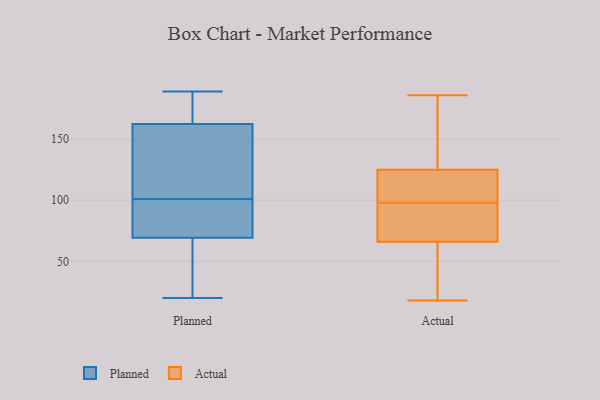
{"axis": {"x": "LTV (USD)", "y": "Value"}, "legend": ["Actual", "Planned"], "data": [{"x": "", "y": 71, "type": "Planned"}, {"x": "", "y": 64, "type": "Planned"}, {"x": "", "y": 20, "type": "Planned"}, {"x": "", "y": 60, "type": "Planned"}, {"x": "", "y": 82, "type": "Planned"}, {"x": "", "y": 34, "type": "Planned"}, {"x": "", "y": 172, "type": "Planned"}, {"x": "", "y": 175, "type": "Planned"}, {"x": "", "y": 87, "type": "Planned"}, {"x": "", "y": 143, "type": "Planned"}, {"x": "", "y": 101, "type": "Planned"}, {"x": "", "y": 88, "type": "Planned"}, {"x": "", "y": 189, "type": "Planned"}, {"x": "", "y": 170, "type": "Planned"}, {"x": "", "y": 160, "type": "Planned"}, {"x": "", "y": 156, "type": "Planned"}, {"x": "", "y": 144, "type": "Planned"}, {"x": "", "y": 87, "type": "Actual"}, {"x": "", "y": 26, "type": "Actual"}, {"x": "", "y": 156, "type": "Actual"}, {"x": "", "y": 113, "type": "Actual"}, {"x": "", "y": 155, "type": "Actual"}, {"x": "", "y": 78, "type": "Actual"}, {"x": "", "y": 109, "type": "Actual"}, {"x": "", "y": 66, "type": "Actual"}, {"x": "", "y": 85, "type": "Actual"}, {"x": "", "y": 18, "type": "Actual"}, {"x": "", "y": 59, "type": "Actual"}, {"x": "", "y": 186, "type": "Actual"}, {"x": "", "y": 118, "type": "Actual"}, {"x": "", "y": 125, "type": "Actual"}]}